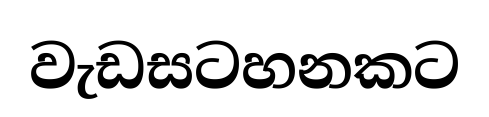
වැඩසටහනකට